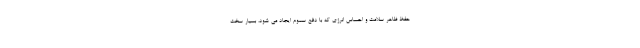
حفظ ظاهر سلامت و احساس انرژی که با دفع سموم ایجاد می شود، بسیار سخت